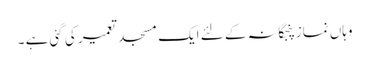
وہاں نمازپنجگانہ کے لئے ایک مسجد تعمیر کی گئی ہے ۔